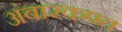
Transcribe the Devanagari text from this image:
अंबारकपत